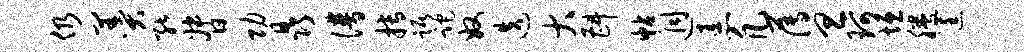
仍羹能督功晶谱搏踞跎奴迭大斟帖迥恚凡薄旦珂垣腾筐